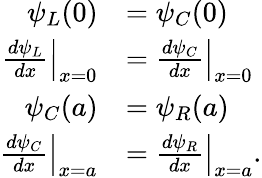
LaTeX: {\begin{array}{rl}{\psi_{L}(0)}&{=\psi_{C}(0)}\\ {\left.{\frac{d\psi_{L}}{dx}}\right|_{x=0}}&{=\left.{\frac{d\psi_{C}}{dx}}\right|_{x=0}}\\ {\psi_{C}(a)}&{=\psi_{R}(a)}\\ {\left.{\frac{d\psi_{C}}{dx}}\right|_{x=a}}&{=\left.{\frac{d\psi_{R}}{dx}}\right|_{x=a}.}\end{array}}